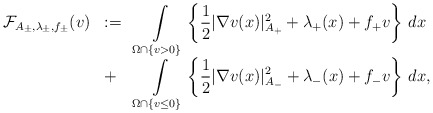
\begin{align*} \begin{array}{lll} {\mathcal{F}}_{A_\pm, \lambda_\pm,f_\pm}(v)&:= & \displaystyle \int\limits_{\Omega \cap\{ v>0\}} \left \{\dfrac{1}{2} |\nabla v(x)|^2_{A_+} + \lambda_{+}(x) + f_{+}v \right \} \,dx \\&+&\displaystyle \int\limits_{\Omega \cap\{ v\le0\}} \left \{\dfrac{1}{2}|\nabla v(x)|^2_{A_-} + \lambda_{-}(x) + f_{-}v \right \}\,dx,\end{array}\end{align*}